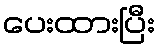
ပေးထားပြီး